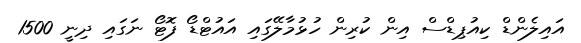
އައިލެންޑް ކިއުޕިޑްސް އިން ކުރިން ހުޅުމާލޭގައި އައުޓްޑޯ ފޮޓޯ ނަގައި ދިނީ 1500